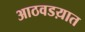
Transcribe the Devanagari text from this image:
आठवडय़ात